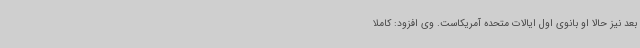
بعد نیز حالا او بانوی اول ایالات متحده آمریکاست. وی افزود: کاملا